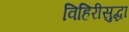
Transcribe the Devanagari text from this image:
विहिरीसुद्धा